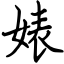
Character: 婊